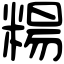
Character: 糃